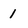
Character: 1